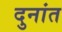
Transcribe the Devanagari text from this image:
दुनांत